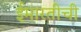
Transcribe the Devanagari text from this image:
ईमारतीची